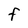
Character: F